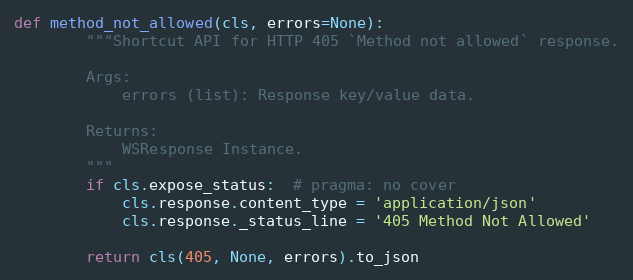
Language: Python
def method_not_allowed(cls, errors=None):
        """Shortcut API for HTTP 405 `Method not allowed` response.

        Args:
            errors (list): Response key/value data.

        Returns:
            WSResponse Instance.
        """
        if cls.expose_status:  # pragma: no cover
            cls.response.content_type = 'application/json'
            cls.response._status_line = '405 Method Not Allowed'

        return cls(405, None, errors).to_json